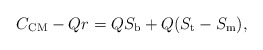
\begin{align*} C_{\mathrm{CM}} - Qr = QS_{\mathrm{b}} + Q(S_{\mathrm{t}}-S_{\mathrm{m}}), \end{align*}